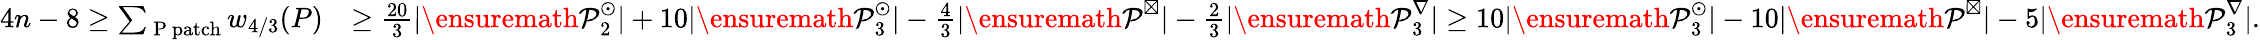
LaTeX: \begin{array}{rl}{4n-8\geq\sum_{\mathrm{~P~patch}}w_{4/3}(P)}&{\geq\frac{20}{3}|{\ensuremath{\cal P}}_{2}^{\odot}|+10|{\ensuremath{\cal P}}_{3}^{\odot}|-\frac{4}{3}|{\ensuremath{\cal P}}^{\boxtimes}|-\frac{2}{3}|{\ensuremath{\cal P}}_{3}^{\nabla}|\geq 10|{\ensuremath{\cal P}}_{3}^{\odot}|-10|{\ensuremath{\cal P}}^{\boxtimes}|-5|{\ensuremath{\cal P}}_{3}^{\nabla}|.}\end{array}